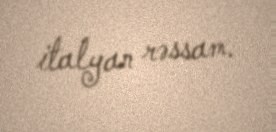
italyan rəssam.